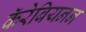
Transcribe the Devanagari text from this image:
कॅरेबियनन